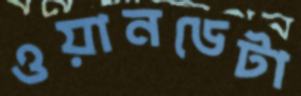
ওয়ানডেটা